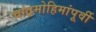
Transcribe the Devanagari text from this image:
चांद्रमोहिमांपूर्वी